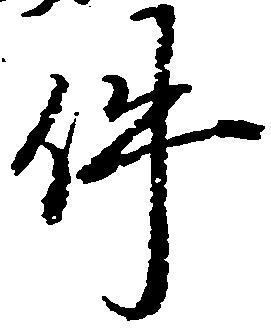
件